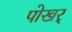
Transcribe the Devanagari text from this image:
पोखर्